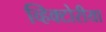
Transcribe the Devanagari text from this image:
व्हिक्टोरीया